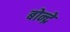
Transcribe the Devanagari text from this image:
बोन्द्रे